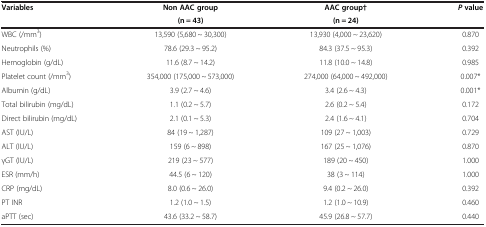
<table><thead><tr><td rowspan="2"><b>Variables</b></td><td><b>Non AAC group</b></td><td><b>AAC group†</b></td><td rowspan="2"><b><i>P </i>value</b></td></tr><tr><td><b>(n = 43)</b></td><td><b>(n = 24)</b></td></tr></thead><tbody><tr><td>WBC (/mm<sup>3</sup>)</td><td>13,590 (5,680 ~ 30,300)</td><td>13,930 (4,000 ~ 23,620)</td><td>0.870</td></tr><tr><td>Neutrophils (%)</td><td>78.6 (29.3 ~ 95.2)</td><td>84.3 (37.5 ~ 95.3)</td><td>0.392</td></tr><tr><td>Hemoglobin (g/dL)</td><td>11.6 (8.7 ~ 14.2)</td><td>11.8 (10.0 ~ 14.8)</td><td>0.985</td></tr><tr><td>Platelet count (/mm<sup>3</sup>)</td><td>354,000 (175,000 ~ 573,000)</td><td>274,000 (64,000 ~ 492,000)</td><td>0.007*</td></tr><tr><td>Albumin (g/dL)</td><td>3.9 (2.7 ~ 4.6)</td><td>3.4 (2.6 ~ 4.3)</td><td>0.001*</td></tr><tr><td>Total bilirubin (mg/dL)</td><td>1.1 (0.2 ~ 5.7)</td><td>2.6 (0.2 ~ 5.4)</td><td>0.172</td></tr><tr><td>Direct bilirubin (mg/dL)</td><td>2.1 (0.1 ~ 5.3)</td><td>2.4 (1.6 ~ 4.1)</td><td>0.704</td></tr><tr><td>AST (IU/L)</td><td>84 (19 ~ 1,287)</td><td>109 (27 ~ 1,003)</td><td>0.729</td></tr><tr><td>ALT (IU/L)</td><td>159 (6 ~ 898)</td><td>167 (25 ~ 1,076)</td><td>0.870</td></tr><tr><td>γGT (IU/L)</td><td>219 (23 ~ 577)</td><td>189 (20 ~ 450)</td><td>1.000</td></tr><tr><td>ESR (mm/h)</td><td>44.5 (6 ~ 120)</td><td>38 (3 ~ 114)</td><td>1.000</td></tr><tr><td>CRP (mg/dL)</td><td>8.0 (0.6 ~ 26.0)</td><td>9.4 (0.2 ~ 26.0)</td><td>0.392</td></tr><tr><td>PT INR</td><td>1.2 (1.0 ~ 1.5)</td><td>1.2 (1.0 ~ 10.9)</td><td>0.460</td></tr><tr><td>aPTT (sec)</td><td>43.6 (33.2 ~ 58.7)</td><td>45.9 (26.8 ~ 57.7)</td><td>0.440</td></tr></tbody></table>